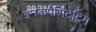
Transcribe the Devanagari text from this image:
इनकपैसिटेटिंग